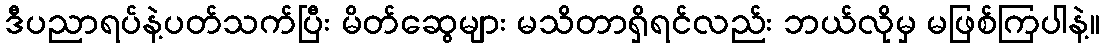
ဒီပညာရပ်နဲ့ပတ်သက်ပြီး မိတ်ဆွေများ မသိတာရှိရင်လည်း ဘယ်လိုမှ မဖြစ်ကြပါနဲ့။